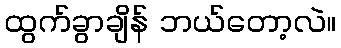
ထွက်ခွာချိန် ဘယ်တော့လဲ။